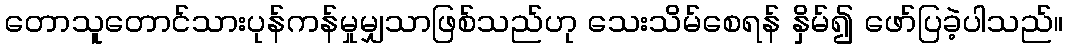
တောသူတောင်သားပုန်ကန်မှုမျှသာဖြစ်သည်ဟု သေးသိမ်စေရန် နှိမ်၍ ဖော်ပြခဲ့ပါသည်။